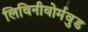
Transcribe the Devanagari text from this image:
लिविनीवोर्मवुड